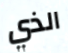
الذي